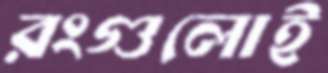
রংগুলোই